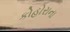
કોહોરાના